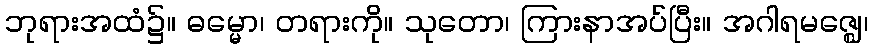
ဘုရားအထံ၌။ ဓမ္မော၊ တရားကို။ သုတော၊ ကြားနာအပ်ပြီး။ အဂါရမဇ္ဈေ၊